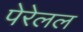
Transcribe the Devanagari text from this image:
पेरेलल